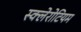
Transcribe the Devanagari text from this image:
स्क्लेरोटियम